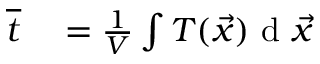
\begin{array} { r l } { \overline { { t } } } & { { } = \frac { 1 } { V } \int T ( \vec { x } ) \mathrm { ~ d ~ } \vec { x } } \end{array}